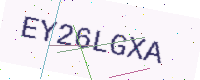
Text: EY26LGXA